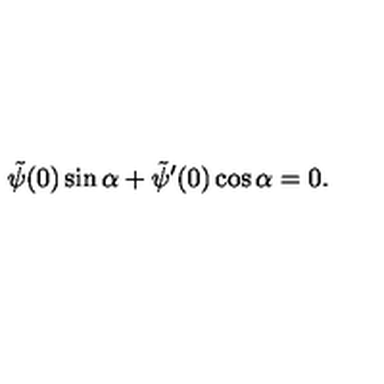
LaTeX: \tilde { \psi } ( 0 ) \sin \alpha + \tilde { \psi } ^ { \prime } ( 0 ) \cos \alpha = 0 .